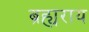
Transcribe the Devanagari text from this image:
ब्रह्यराय